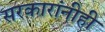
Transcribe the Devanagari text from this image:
सरकारांनीही